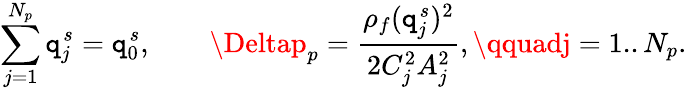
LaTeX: \sum_{j=1}^{N_{p}}\mathtt{q}_{j}^{s}=\mathtt{q}_{0}^{s},\qquad\Deltap_{p}=\frac{{\rho_{f}(\mathtt{q}_{j}^{s})^{2}}}{{2C_{j}^{2}A_{j}^{2}}},\qquadj=1..N_{p}.